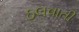
ઠલવાતી